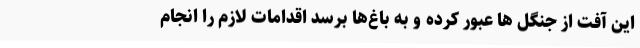
این آفت از جنگل ها عبور کرده و به باغ‌ها برسد اقدامات لازم را انجام